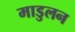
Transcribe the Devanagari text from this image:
माडुलन